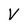
Character: V